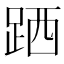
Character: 跴